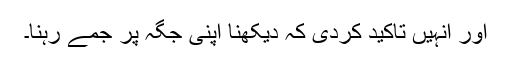
اور انہیں تاکید کردی کہ دیکھنا اپنی جگہ پر جمے رہنا۔